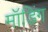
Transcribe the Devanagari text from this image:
मॉडिंग